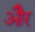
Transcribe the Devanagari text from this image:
ओेैर